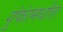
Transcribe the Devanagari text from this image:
गुंफांमधील